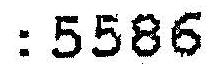
: 5586